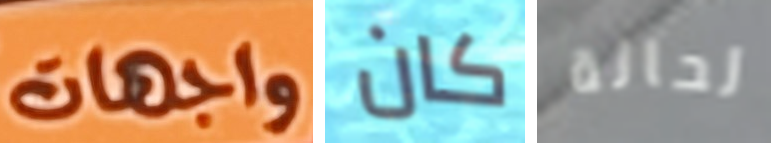
واجهات كان لحالة